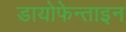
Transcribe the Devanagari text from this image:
डायोफेन्ताइन